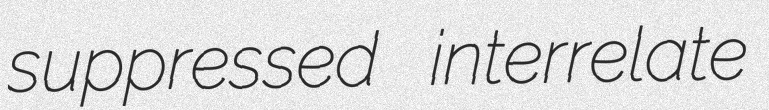
suppressed interrelate